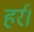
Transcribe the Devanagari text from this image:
हर्र।